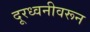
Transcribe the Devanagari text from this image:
दूरध्वनीवरून